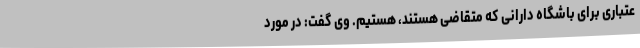
عتباری برای باشگاه دارانی که متقاضی هستند، هستیم. وی گفت: در مورد